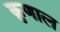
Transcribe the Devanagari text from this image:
क़ुणाल